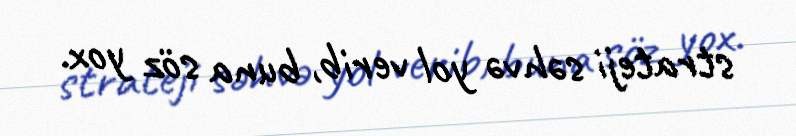
strateji səhvə yol verib, buna söz yox.